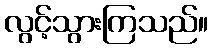
လွင့်သွားကြသည်။